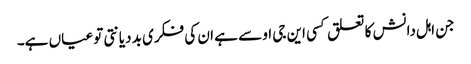
جن اہل دانش کا تعلق کسی این جی او سے ہے ان کی فکری بد دیانتی تو عیاں ہے۔